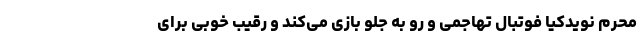
محرم نویدکیا فوتبال تهاجمی و رو به جلو بازی می‌کند و رقیب خوبی برای